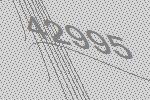
42995